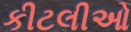
કીટલીઓ